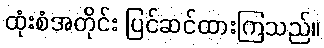
ထုံးစံအတိုင်း ပြင်ဆင်ထားကြသည်။